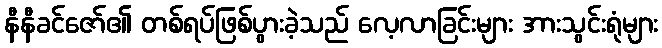
နီနီခင်ဇော်၏ တစ်ရပ်ဖြစ်ပွားခဲ့သည် လေ့လာခြင်းများ အားသွင်းရုံများ